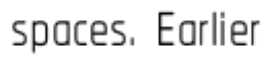
spaces. Earlier